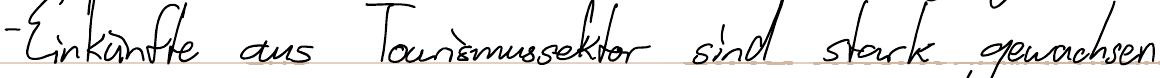
- Einkünfte aus Tourismussektor sind stark gewachsen